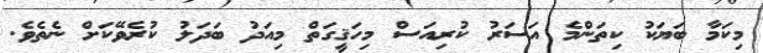
މިކަމާ ބަޔަކު ކިތަންމެ އަސަރު ކުރިއަސް މިހަޤީގަތް މިއަދު ބަދަލު ކުރެވޭކަށް ނެތެވެ.